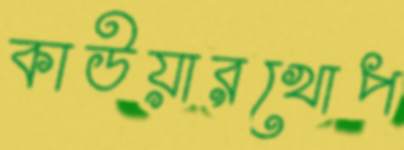
কাউয়ারখোপ